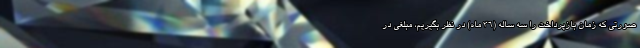
صورتی که زمان بازپرداخت را سه ساله (۳۶ ماه) در نظر بگیریم، مبلغی در